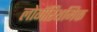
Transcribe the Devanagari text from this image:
लोगॅरिथमिक